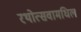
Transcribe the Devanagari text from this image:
रथोत्सवामधिल